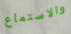
والاستماع